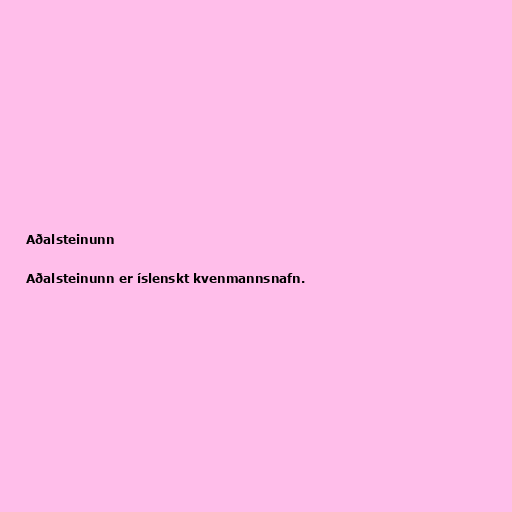
Aðalsteinunn

Aðalsteinunn er íslenskt kvenmannsnafn.